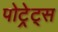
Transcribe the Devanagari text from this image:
पोट्रेट्स